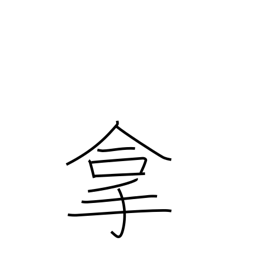
Meaning: catch